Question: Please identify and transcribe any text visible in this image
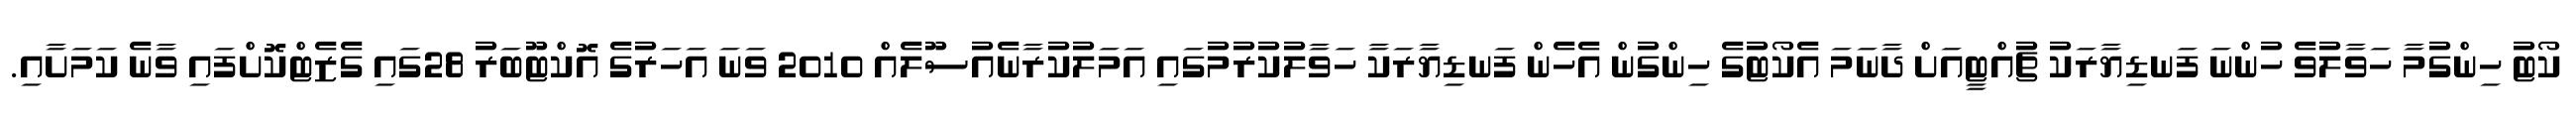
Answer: ކޯޓު ހިންގުމާ ހަވާލުވެ ހުންނަ ފަނޑިޔާރަކު ޗުއްޓީއަށް ދާނަމަ އެކޯޓުގެ ހިންގުން އެހެން ފަނޑިޔާރަކާ ހަވާލުކުރުމުގައި އަމަލުކުރާނެއުސޫލެއް 2010 ވަނަ އަހަރުގެ އޮކްޓޫބަރު 28ގައި ގެޒެޓްކޮށްފައި ވާނެ ކަމަށާއި.